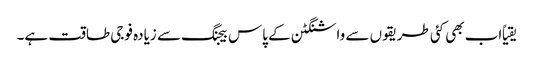
یقیاً اب بھی کئی طریقوں سے واشنگٹن کے پاس بیجنگ سے زیادہ فوجی طاقت ہے۔